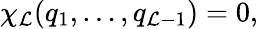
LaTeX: \chi_{\cal L}(q_{1},\dots,q_{{\cal L}-1})=0,